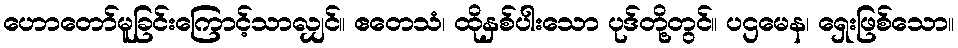
ဟောတော်မူခြင်းကြောင့်သာလျှင်။ ဧတေသံ၊ ထိုနှစ်ပါးသော ပုဒ်တို့တွင်။ ပဌမေန၊ ရှေးဖြစ်သော။